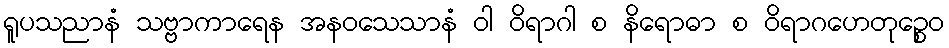
ရူပသညာနံ သဗ္ဗာကာရေန အနဝသေသာနံ ဝါ ဝိရာဂါ စ နိရောဓာ စ ဝိရာဂဟေတုဉ္စေဝ